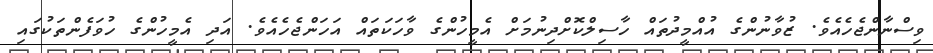
ވިސްނާންޖެހެއެވެ. ޒުވާނުންގެ އުއްމީދުތައް ހާސިލްކޮށްދިނުމަށް އެމީހުންގެ ވާހަކަތައް އަހަންޖެހެއެވެ. އަދި އެމީހުންގެ ހުވަފެންތަކުގައި